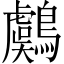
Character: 鸆